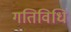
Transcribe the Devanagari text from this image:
गतिविधि